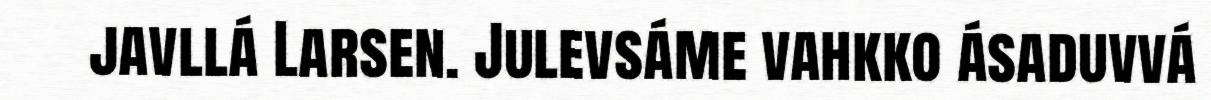
javllá Larsen. Julevsáme vahkko ásaduvvá